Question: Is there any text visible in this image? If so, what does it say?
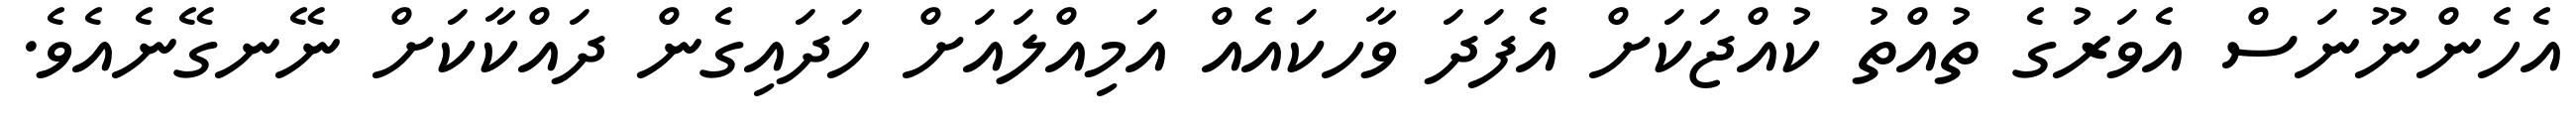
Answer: އެހެންނޫނަސް އެވަރުގެ ތުއްތު ކުއްޖަކަށް އެފަދަ ވާހކައެއް އަމިއްލައަށް ހަދައިގެން ދައްކާކަށް ނޭނގޭނެއެވެ.